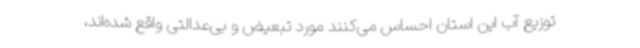
توزیع آب این استان احساس می‌کنند مورد تبعیض و بی‌عدالتی واقع شده‌اند،